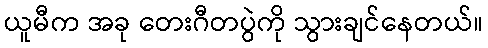
ယူမီက အခု တေးဂီတပွဲကို သွားချင်နေတယ်။